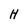
Character: H